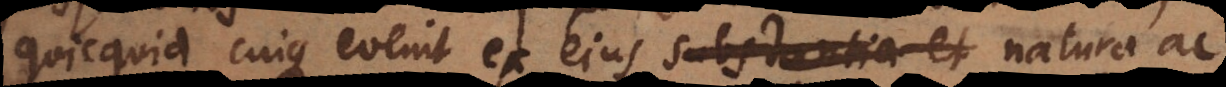
quicquid cuique evenit ex ejus substantia et natura ac